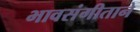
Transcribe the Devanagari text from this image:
भावसंगीताने